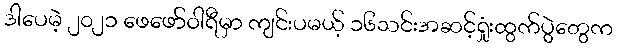
ဒါပေမဲ့ ၂၀၂၁ ဖေဖော်ဝါရီမှာ ကျင်းပမယ့် ၁၆သင်းအဆင့်ရှုံးထွက်ပွဲတွေက